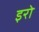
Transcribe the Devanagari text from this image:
इरो